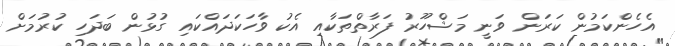
އެހެންކަމުން ކަރަން ވަނީ މަޝްހޫރު ފަރާތްތަކާއި އެކު ވާހަކަދައްކައި ގުޅުން ބަދަހި ކުރުމަށް